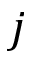
j